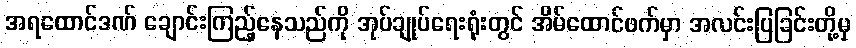
အရထောင်ဒဏ် ချောင်းကြည့်နေသည်ကို အုပ်ချုပ်ရေးရုံးတွင် အိမ်ထောင်ဖက်မှာ အလင်းပြခြင်းတို့မှ